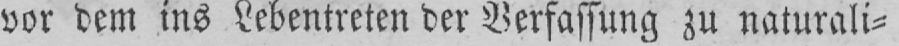
vor dem ins Lebentreten der Verfassung zu naturalis⸗